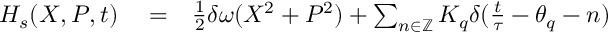
\begin{array} { r l r } { H _ { s } ( X , P , t ) } & { { } = } & { \frac { 1 } { 2 } \delta \omega ( X ^ { 2 } + P ^ { 2 } ) + \sum _ { n \in \mathbb { Z } } K _ { q } \delta ( \frac { t } { \tau } - \theta _ { q } - n ) } \end{array}